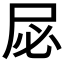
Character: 𫵘